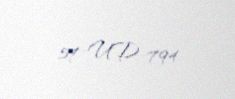
57-UD-794